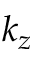
k _ { z }